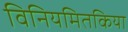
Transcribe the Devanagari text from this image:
विनियमितकिया